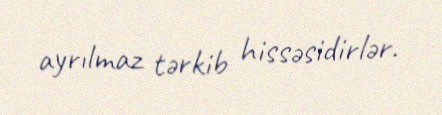
ayrılmaz tərkib hissəsidirlər.